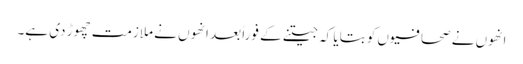
انھوں نے صحافیوں کو بتایا کہ جیتنے کے فوراً بعد انھوں نے ملازمت چھوڑ دی ہے۔